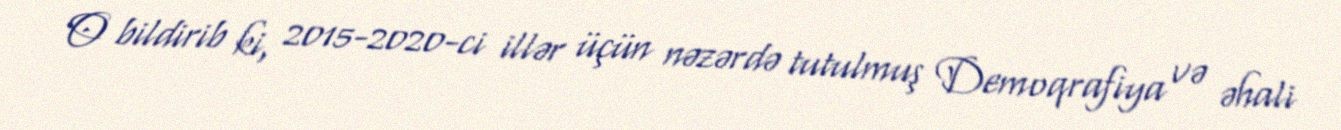
O bildirib ki, 2015-2020-ci illər üçün nəzərdə tutulmuş Demoqrafiya və əhali